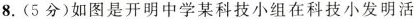
8.(5分)如图是开明中学某科技小组在科技小发明活